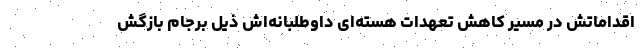
اقداماتش در مسیر کاهش تعهدات هسته‌ای داوطلبانه‌اش ذیل برجام بازگش